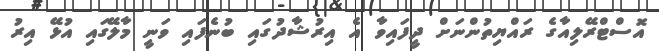
އޮސްޓްރޭލިއާގެ ރައްޔިތުންނަށް ދީފައިވާ އެ އިރުޝާދުގައި ބުނެފައި ވަނީ މާލޭގައި އުޅޭ އިރު